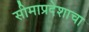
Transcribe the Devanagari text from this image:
सीमाप्रदेशाचा